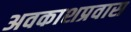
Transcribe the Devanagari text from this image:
अवकाशप्रवास